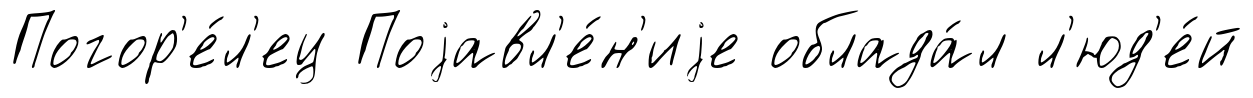
Погор'е́л'ец Поjавл'е́н'иjе облада́л л'юд'е́й